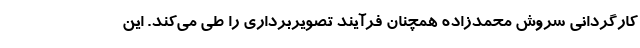
کارگردانی سروش محمدزاده همچنان فرآیند تصویربرداری را طی می‌کند. این